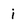
Character: i